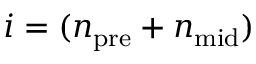
i = ( n _ { \mathrm { p r e } } + n _ { \mathrm { m i d } } )